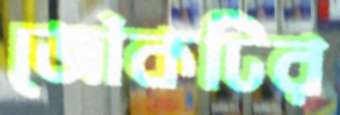
জোঁকটির